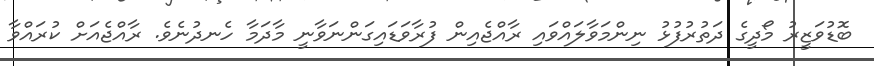
ބޮޑުވަޒީރު މޯދީގެ ދަތުރުފުޅު ނިންމަވާލައްވައި ރާއްޖެއިން ފުރާވަޑައިގަންނަވާނީ މާދަމާ ހެނދުނެވެ. ރާއްޖެއަށް ކުރައްވާ